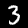
Label: 3